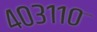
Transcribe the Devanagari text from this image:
४०३११०